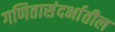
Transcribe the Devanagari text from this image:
गणितासंदर्भातील